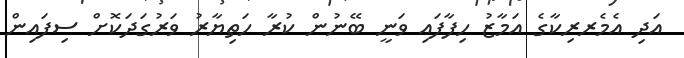
އަދި އެމެރރިކާގެ އަމާޒު ހިފާފައި ވަނީ ބޭނުން ކުރާ ހަތިޔާރު ވަރުގަދަކޮށް ސިފައިން